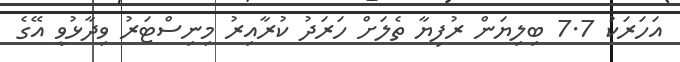
އަހަރަކު 7.7 ބިލިޔަން ރުފިޔާ ތެލަށް ހަރަދު ކުރާއިރު މިނިސްޓަރު ވިދާޅުވީ އޭގެ